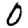
Digit: 0